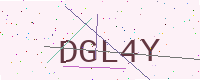
Text: DGL4Y